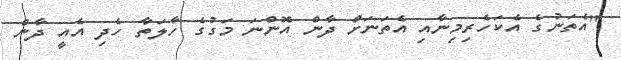
"އެތަނުގެ އެކަހެރިމިނާއި އެތަނަށް ދާން އޮންނަ މަގުގެ ހާލަތާ ހެދި އެއީ ދާން